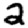
Digit: 2